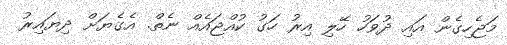
މަޖެހިގެން އައި ދުވަހު ހޭލި އިރު ހަގު ކުއްޖައެއް ނެތް. އެގެޔަށް ދިޔައިރު